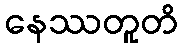
နေဿတူတိ